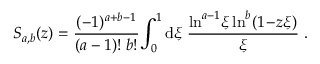
S _ { a , b } ( z ) = \frac { ( - 1 ) ^ { a + b - 1 } } { ( a - 1 ) ! \; b ! } \! \int _ { 0 } ^ { 1 } \mathrm { d } \xi \; \frac { \ln ^ { a - 1 } \! \xi \ln ^ { b } ( 1 \! - \! z \xi ) } { \xi } \; .